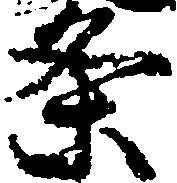
条